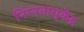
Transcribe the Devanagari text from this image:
निम्नवायुकेंद्र